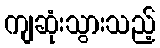
ကျဆုံးသွားသည့်